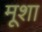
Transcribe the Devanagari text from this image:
मूशा